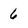
Character: 6